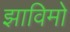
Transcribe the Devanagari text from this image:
झाविमो